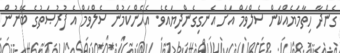
ގެންދާ ހިތާމަޔެއްކަން ސެލްވަމް އަށް އެނގިގެންދިޔައެވެ. އެހެންކަމުން ސެލްވަމް އެ ފުރުޞަތުގެ ބޭނުން